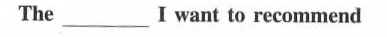
The___Iwant to recommend